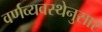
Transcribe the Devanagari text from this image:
वर्णव्यवस्थेनुसार